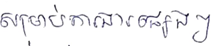
សម្រាប់ការងាផ្សេងៗ